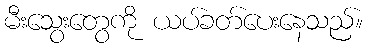
မီးသွေးတွေကို ယပ်ခတ်ပေးနေသည်။